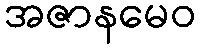
အဇာနမေဝ